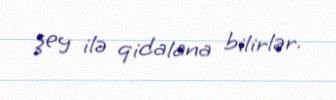
şey ilə qidalana bilirlər.